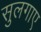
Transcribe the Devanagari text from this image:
सुलगाए